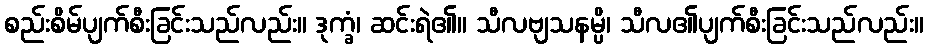
စည်းစိမ်ပျက်စီးခြင်းသည်လည်း။ ဒုက္ခံ၊ ဆင်းရဲ၏။ သီလဗျသနမ္ပိ၊ သီလ၏ပျက်စီးခြင်းသည်လည်း။